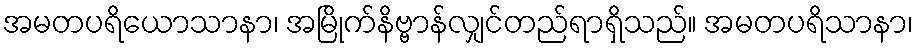
အမတပရိယောသာနာ၊ အမြိုက်နိဗ္ဗာန်လျှင်တည်ရာရှိသည်။ အမတပရိသာနာ၊